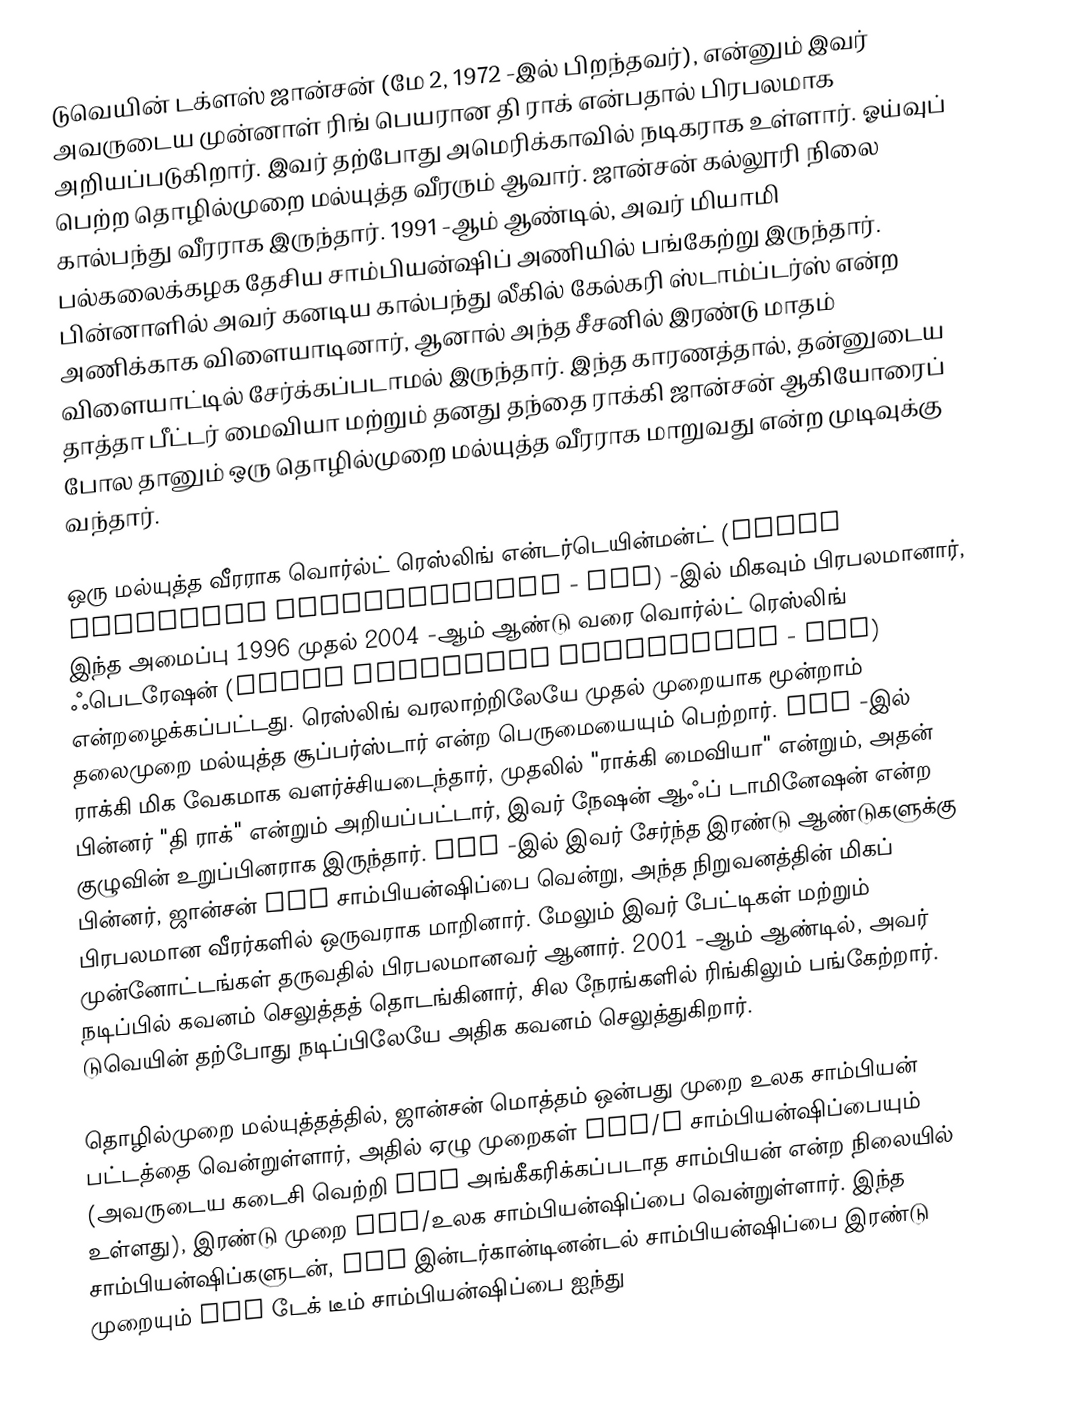
டுவெயின் டக்ளஸ் ஜான்சன்  (மே 2, 1972 -இல் பிறந்தவர்), என்னும் இவர் அவருடைய முன்னாள் ரிங் பெயரான தி ராக் என்பதால் பிரபலமாக அறியப்படுகிறார். இவர் தற்போது அமெரிக்காவில் நடிகராக உள்ளார். ஓய்வுப் பெற்ற தொழில்முறை மல்யுத்த வீரரும் ஆவார். ஜான்சன் கல்லூரி நிலை கால்பந்து வீரராக இருந்தார். 1991 -ஆம் ஆண்டில், அவர் மியாமி பல்கலைக்கழக தேசிய சாம்பியன்ஷிப் அணியில் பங்கேற்று இருந்தார். பின்னாளில் அவர் கனடிய கால்பந்து லீகில் கேல்கரி ஸ்டாம்ப்டர்ஸ் என்ற அணிக்காக விளையாடினார், ஆனால் அந்த சீசனில் இரண்டு மாதம் விளையாட்டில் சேர்க்கப்படாமல் இருந்தார். இந்த காரணத்தால், தன்னுடைய தாத்தா பீட்டர் மைவியா மற்றும் தனது தந்தை ராக்கி ஜான்சன் ஆகியோரைப் போல தானும் ஒரு தொழில்முறை மல்யுத்த வீரராக மாறுவது என்ற முடிவுக்கு வந்தார்.

ஒரு மல்யுத்த வீரராக வொர்ல்ட் ரெஸ்லிங் என்டர்டெயின்மன்ட் (World Wrestling Entertainment - WWE) -இல் மிகவும் பிரபலமானார், இந்த அமைப்பு 1996 முதல் 2004 -ஆம் ஆண்டு வரை வொர்ல்ட் ரெஸ்லிங் ஃபெடரேஷன் (World Wrestling Federation - WWF) என்றழைக்கப்பட்டது. ரெஸ்லிங் வரலாற்றிலேயே முதல் முறையாக மூன்றாம் தலைமுறை மல்யுத்த சூப்பர்ஸ்டார் என்ற பெருமையையும் பெற்றார். WWE -இல் ராக்கி மிக வேகமாக வளர்ச்சியடைந்தார், முதலில் "ராக்கி மைவியா" என்றும், அதன் பின்னர் "தி ராக்" என்றும் அறியப்பட்டார், இவர் நேஷன் ஆஃப் டாமினேஷன் என்ற குழுவின் உறுப்பினராக இருந்தார். WWF -இல் இவர் சேர்ந்த இரண்டு ஆண்டுகளுக்கு பின்னர், ஜான்சன் WWF சாம்பியன்ஷிப்பை வென்று, அந்த நிறுவனத்தின் மிகப் பிரபலமான வீரர்களில் ஒருவராக மாறினார். மேலும் இவர் பேட்டிகள் மற்றும் முன்னோட்டங்கள் தருவதில் பிரபலமானவர் ஆனார். 2001 -ஆம் ஆண்டில், அவர் நடிப்பில் கவனம் செலுத்தத் தொடங்கினார், சில நேரங்களில் ரிங்கிலும் பங்கேற்றார். டுவெயின் தற்போது நடிப்பிலேயே அதிக கவனம் செலுத்துகிறார்.

தொழில்முறை மல்யுத்தத்தில், ஜான்சன் மொத்தம் ஒன்பது முறை உலக சாம்பியன் பட்டத்தை வென்றுள்ளார், அதில் ஏழு முறைகள் WWF/E சாம்பியன்ஷிப்பையும் (அவருடைய கடைசி வெற்றி WWE அங்கீகரிக்கப்படாத சாம்பியன் என்ற நிலையில் உள்ளது), இரண்டு முறை WCW/உலக சாம்பியன்ஷிப்பை வென்றுள்ளார். இந்த சாம்பியன்ஷிப்களுடன், WWF இன்டர்கான்டினன்டல் சாம்பியன்ஷிப்பை இரண்டு முறையும் WWF டேக் டீம் சாம்பியன்ஷிப்பை ஐந்து